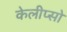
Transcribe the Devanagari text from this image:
केलीप्सो